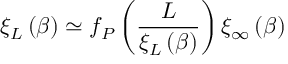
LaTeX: \xi _ { L } \left( \beta \right) \simeq f _ { P } \left( \frac { L } { \xi _ { L } \left( \beta \right) } \right) \xi _ { \infty } \left( \beta \right)